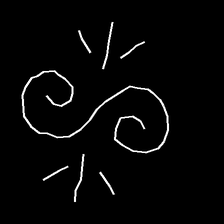
Glyph: wind-directs-air